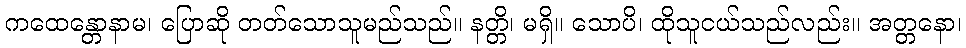
ကထေန္တောနာမ၊ ပြောဆို တတ်သောသူမည်သည်။ နတ္တိ၊ မရှိ။ သောပိ၊ ထိုသူငယ်သည်လည်း။ အတ္တနော၊